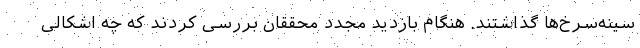
سینه‌سرخ‌ها گذاشتند. هنگام بازدید مجدد محققان بررسی کردند که چه اشکالی